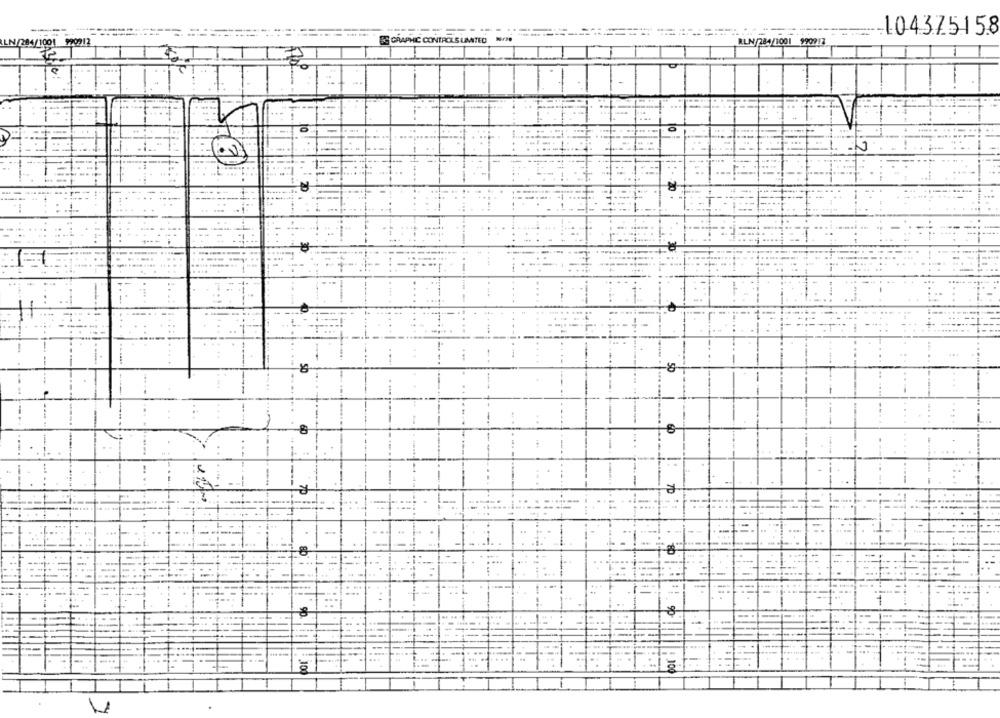
--- ----
-10437515.8
SS GRAPHIC CONTROLS UMITED
RLN/284/1001 990917
1001 990912